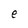
Character: e